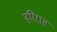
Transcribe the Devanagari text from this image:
हरिराह